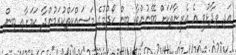
އަދި ވިދާޅުވީ އެ އެރީނާތަކަށް ބޭނުންވާ ބިން ހޯދުމުގެ މަސައްކަތްކުރަމުންދާ ކަމަށާއި ބިން